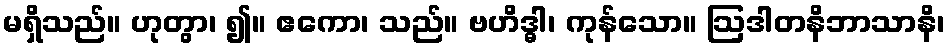
မရှိသည်။ ဟုတွာ၊ ၍။ ဧကော၊ သည်။ ဗဟိဒ္ဓါ၊ ကုန်သော။ ဩဒါတနိဘာသာနိ၊